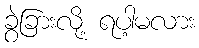
ခွဲခြားလို့ ရပါ့မလား